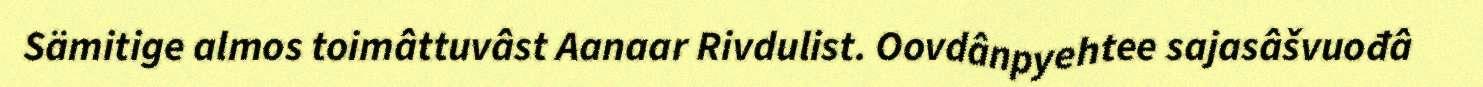
Sämitige almos toimâttuvâst Aanaar Rivdulist. Oovdânpyehtee sajasâšvuođâ